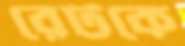
রেটকে